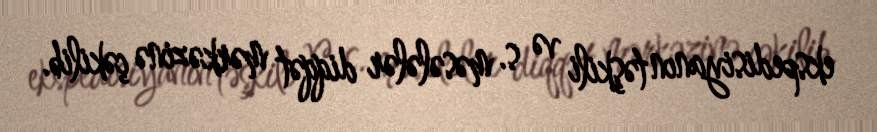
ekspedisiyanın təşkili və s. məsələlər diqqət mərkəzinə çəkilib.